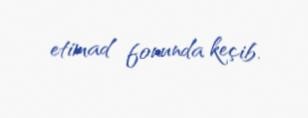
etimad fonunda keçib.